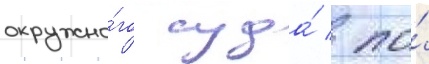
окружно́го суда́ / по́